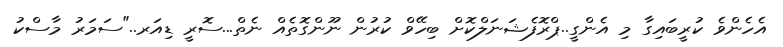
އެހެންވެ ކުރީބައިގާ މި އެންގީ..ޕްރޮފެޝަނަލްކޮށް ބިހޭވް ކުރުން ނޫންގޮތެއް ނެތް...ސޮރީ ޑިއަރ.."ސަމަރު މާސްކު